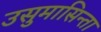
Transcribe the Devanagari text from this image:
उसुमासिन्ता